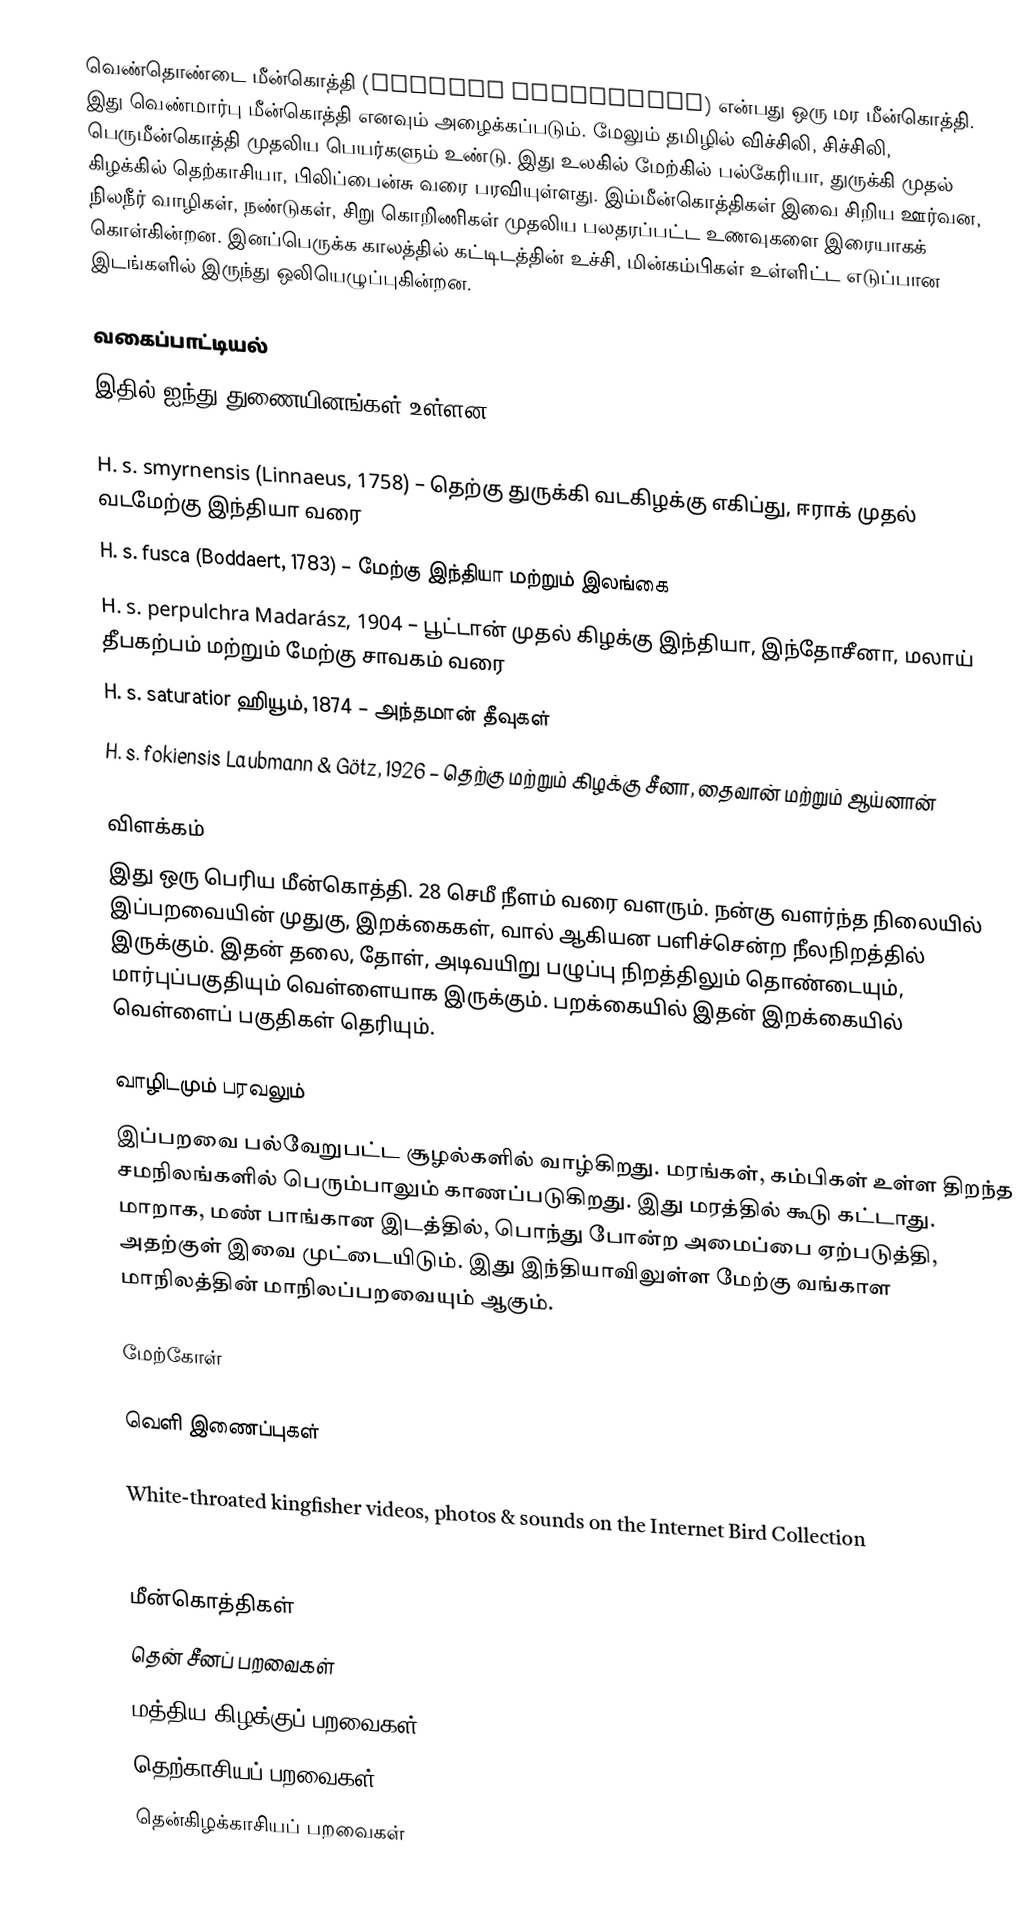
வெண்தொண்டை மீன்கொத்தி (Halcyon smyrnensis) என்பது ஒரு மர மீன்கொத்தி. இது வெண்மார்பு மீன்கொத்தி எனவும் அழைக்கப்படும். மேலும் தமிழில் விச்சிலி, சிச்சிலி, பெருமீன்கொத்தி முதலிய பெயர்களும் உண்டு. இது உலகில் மேற்கில் பல்கேரியா, துருக்கி முதல் கிழக்கில் தெற்காசியா, பிலிப்பைன்சு வரை பரவியுள்ளது. இம்மீன்கொத்திகள் இவை சிறிய ஊர்வன, நிலநீர் வாழிகள், நண்டுகள், சிறு கொறிணிகள் முதலிய பலதரப்பட்ட உணவுகளை இரையாகக் கொள்கின்றன. இனப்பெருக்க காலத்தில் கட்டிடத்தின் உச்சி, மின்கம்பிகள் உள்ளிட்ட எடுப்பான இடங்களில் இருந்து ஒலியெழுப்புகின்றன.

வகைப்பாட்டியல்
இதில் ஐந்து துணையினங்கள் உள்ளன:

 H. s. smyrnensis (Linnaeus, 1758) – தெற்கு துருக்கி வடகிழக்கு எகிப்து, ஈராக் முதல் வடமேற்கு இந்தியா வரை
 H. s. fusca (Boddaert, 1783) – மேற்கு இந்தியா மற்றும் இலங்கை
 H. s. perpulchra Madarász, 1904 – பூட்டான் முதல் கிழக்கு இந்தியா, இந்தோசீனா, மலாய் தீபகற்பம் மற்றும் மேற்கு சாவகம் வரை
 H. s. saturatior ஹியூம், 1874 – அந்தமான் தீவுகள்
 H. s. fokiensis Laubmann & Götz, 1926 – தெற்கு மற்றும் கிழக்கு சீனா, தைவான் மற்றும் ஆய்னான்

விளக்கம்
இது ஒரு பெரிய மீன்கொத்தி. 28 செமீ நீளம் வரை வளரும். நன்கு வளர்ந்த நிலையில் இப்பறவையின் முதுகு, இறக்கைகள், வால் ஆகியன பளிச்சென்ற நீலநிறத்தில் இருக்கும். இதன் தலை, தோள், அடிவயிறு பழுப்பு நிறத்திலும் தொண்டையும், மார்புப்பகுதியும் வெள்ளையாக இருக்கும். பறக்கையில் இதன் இறக்கையில் வெள்ளைப் பகுதிகள் தெரியும்.

வாழிடமும் பரவலும்
இப்பறவை பல்வேறுபட்ட சூழல்களில் வாழ்கிறது. மரங்கள், கம்பிகள் உள்ள திறந்த சமநிலங்களில் பெரும்பாலும் காணப்படுகிறது. இது மரத்தில் கூடு கட்டாது. மாறாக, மண் பாங்கான இடத்தில், பொந்து போன்ற அமைப்பை ஏற்படுத்தி, அதற்குள் இவை முட்டையிடும். இது இந்தியாவிலுள்ள மேற்கு வங்காள மாநிலத்தின் மாநிலப்பறவையும் ஆகும்.

மேற்கோள்

வெளி இணைப்புகள்

 White-throated kingfisher videos, photos & sounds on the Internet Bird Collection
 Singapore birds

மீன்கொத்திகள்
தென் சீனப் பறவைகள்
மத்திய கிழக்குப் பறவைகள்
தெற்காசியப் பறவைகள்
தென்கிழக்காசியப் பறவைகள்